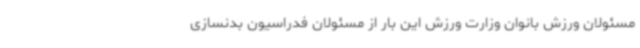
مسئولان ورزش بانوان وزارت ورزش این بار از مسئولان فدراسیون بدنسازی